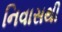
નિવાસથી